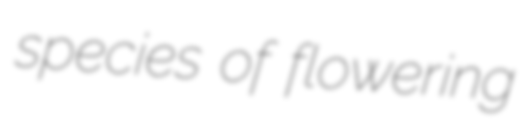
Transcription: species of flowering